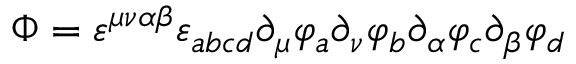
\Phi = \varepsilon ^ { \mu \nu \alpha \beta } \varepsilon _ { a b c d } \partial _ { \mu } \varphi _ { a } \partial _ { \nu } \varphi _ { b } \partial _ { \alpha } \varphi _ { c } \partial _ { \beta } \varphi _ { d }